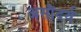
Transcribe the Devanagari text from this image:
असौंदर्य